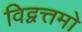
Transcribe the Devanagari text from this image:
विद्वत्तमो